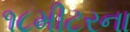
૧૮મીટરના